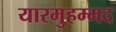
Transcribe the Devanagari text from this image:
यारमुहम्मद